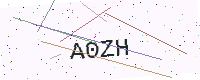
Text: A0ZH